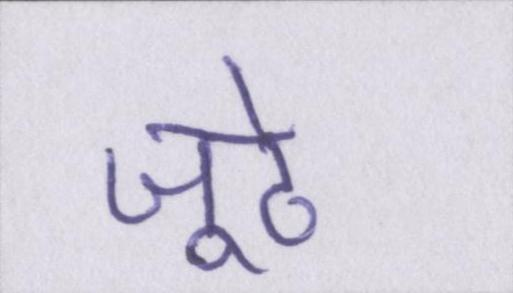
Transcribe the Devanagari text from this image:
जूठे